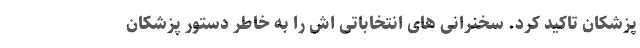
پزشکان تاکید کرد. سخنرانی های انتخاباتی اش را به خاطر دستور پزشکان